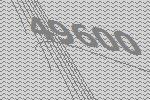
49600